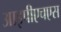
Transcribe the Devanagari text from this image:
आइपीएचएस